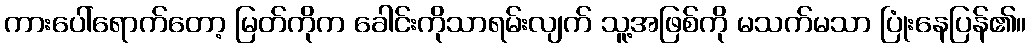
ကားပေါ်ရောက်တော့ မြတ်ကိုက ခေါင်းကိုသာရမ်းလျက် သူ့အဖြစ်ကို မသက်မသာ ပြုံးနေပြန်၏။